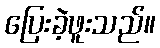
ပြေးခဲ့ဖူးသည်။